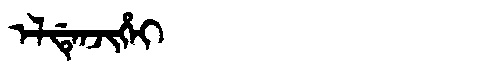
Manchu: ᡝᠯᡩᡝᠨᠵᡳᡥᡝᡳ
Romanization: ELDENJIHEI